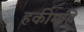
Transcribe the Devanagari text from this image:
हकीमहि